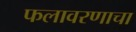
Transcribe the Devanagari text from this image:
फलावरणाचा